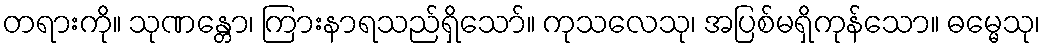
တရားကို။ သုဏန္တော၊ ကြားနာရသည်ရှိသော်။ ကုသလေသု၊ အပြစ်မရှိကုန်သော။ ဓမ္မေသု၊